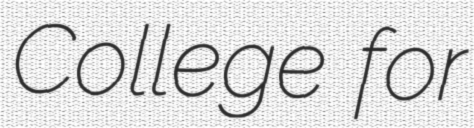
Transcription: College for